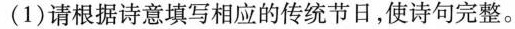
(1)请根据诗意填写相应的传统节日，使诗句完整。